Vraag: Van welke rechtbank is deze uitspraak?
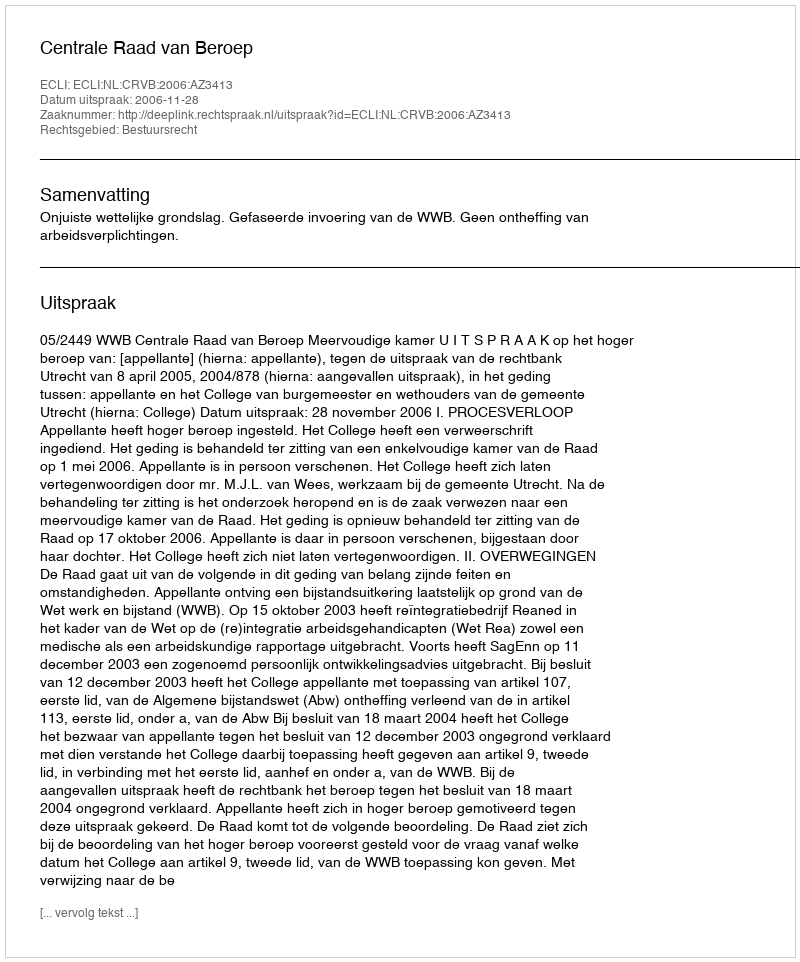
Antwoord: Centrale Raad van Beroep